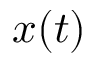
x ( t )